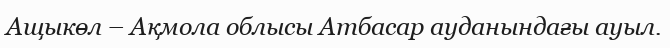
Ащыкөл – Ақмола облысы Атбасар ауданындағы ауыл.